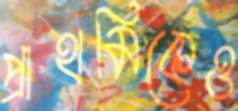
প্রাথমিকেও